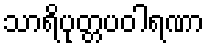
သာရိပုတ္တပဝါရဏာ